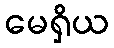
မေရှိယ